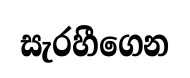
සැරහීගෙන